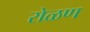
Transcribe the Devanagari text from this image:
रोळण